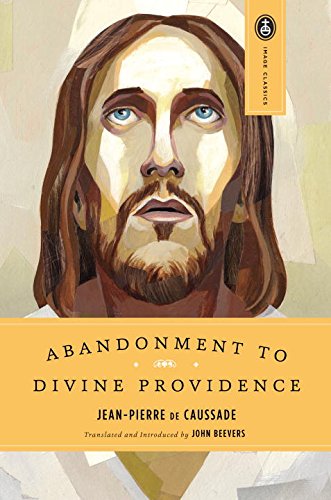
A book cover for Abandonment to Divine Providence (Image Classics); Jean-Pierre de Caussade; Religion & Spirituality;